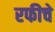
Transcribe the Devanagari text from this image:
रफीचे